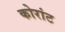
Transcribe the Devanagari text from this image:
कोरांट